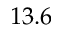
1 3 . 6